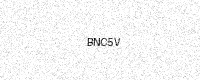
Text: BNC5V